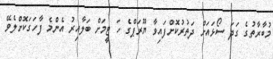
މުބާރާތުގެ ގަދަ ސޯޅައަށް ދަތުރުކޮށްފައިވާ ޔޫރަޕްގެ ހަ ޓީމަށް ބަލާއިރު އެންމެ ފާހަގަކޮށްލެވޭ